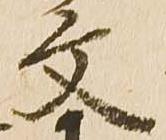
文